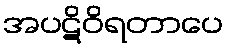
အပဋိဝိရတာပေ